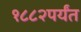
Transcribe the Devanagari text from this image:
१८८२पर्यंत